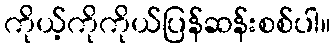
ကိုယ့်ကိုကိုယ်ပြန်ဆန်းစစ်ပါ။